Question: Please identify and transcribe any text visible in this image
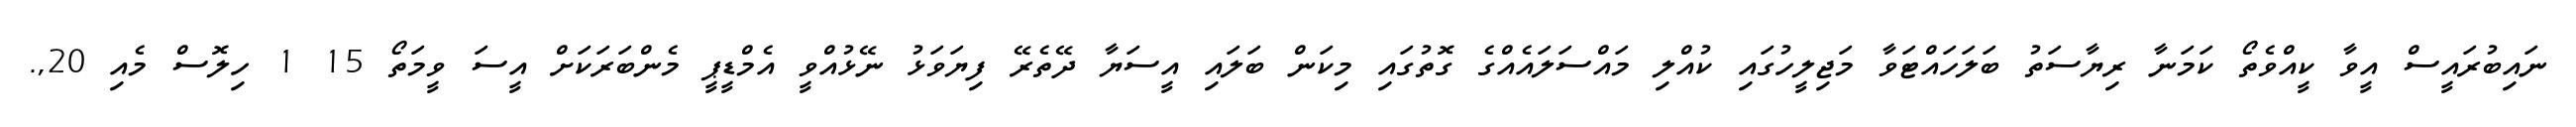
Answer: ނައިބުރައީސް އީވާ ކީއްވެތޯ ކަމަނާ ރިޔާސަތު ބަލަހައްޓަވާ މަޖިލީހުގައި ކުއްލި މައްސަލައެއްގެ ގޮތުގައި މިކަން ބަލައި އީސަޔާ ދޭތެރޭ ފިޔަވަޅު ނޭޅުއްވީ އެމްޑީޕީ މެންބަރަކަށް އީސަ ވީމަތޯ 15 1 ހިލޮސް މެއި 20,.